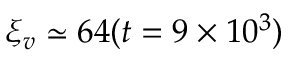
\xi _ { v } \simeq 6 4 ( t = 9 \times 1 0 ^ { 3 } )